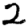
Digit: 2